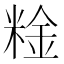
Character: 𥺻